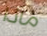
ماذا